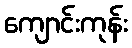
ကျောင်းကုန်း